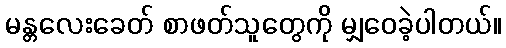
မန္တလေးခေတ် စာဖတ်သူတွေကို မျှဝေခဲ့ပါတယ်။